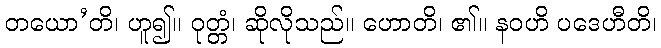
တယော’တိ၊ ဟူ၍။ ဝုတ္တံ၊ ဆိုလိုသည်။ ဟောတိ၊ ၏။ နဝဟိ ပဒေဟီတိ၊